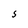
Character: s